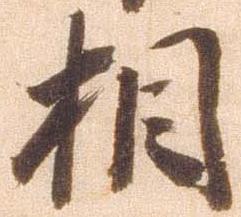
相